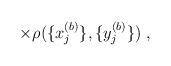
\begin{align*}\times \rho ( \{x^{(b)}_j \}, \{y^{(b)}_j \} ) \; ,\end{align*}